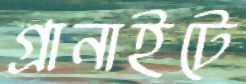
গ্রানাইটে